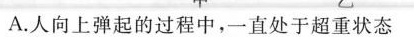
A.人向上弹起的过程中，一直处于超重状态